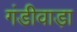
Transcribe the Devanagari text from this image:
गंडीवाड़ा